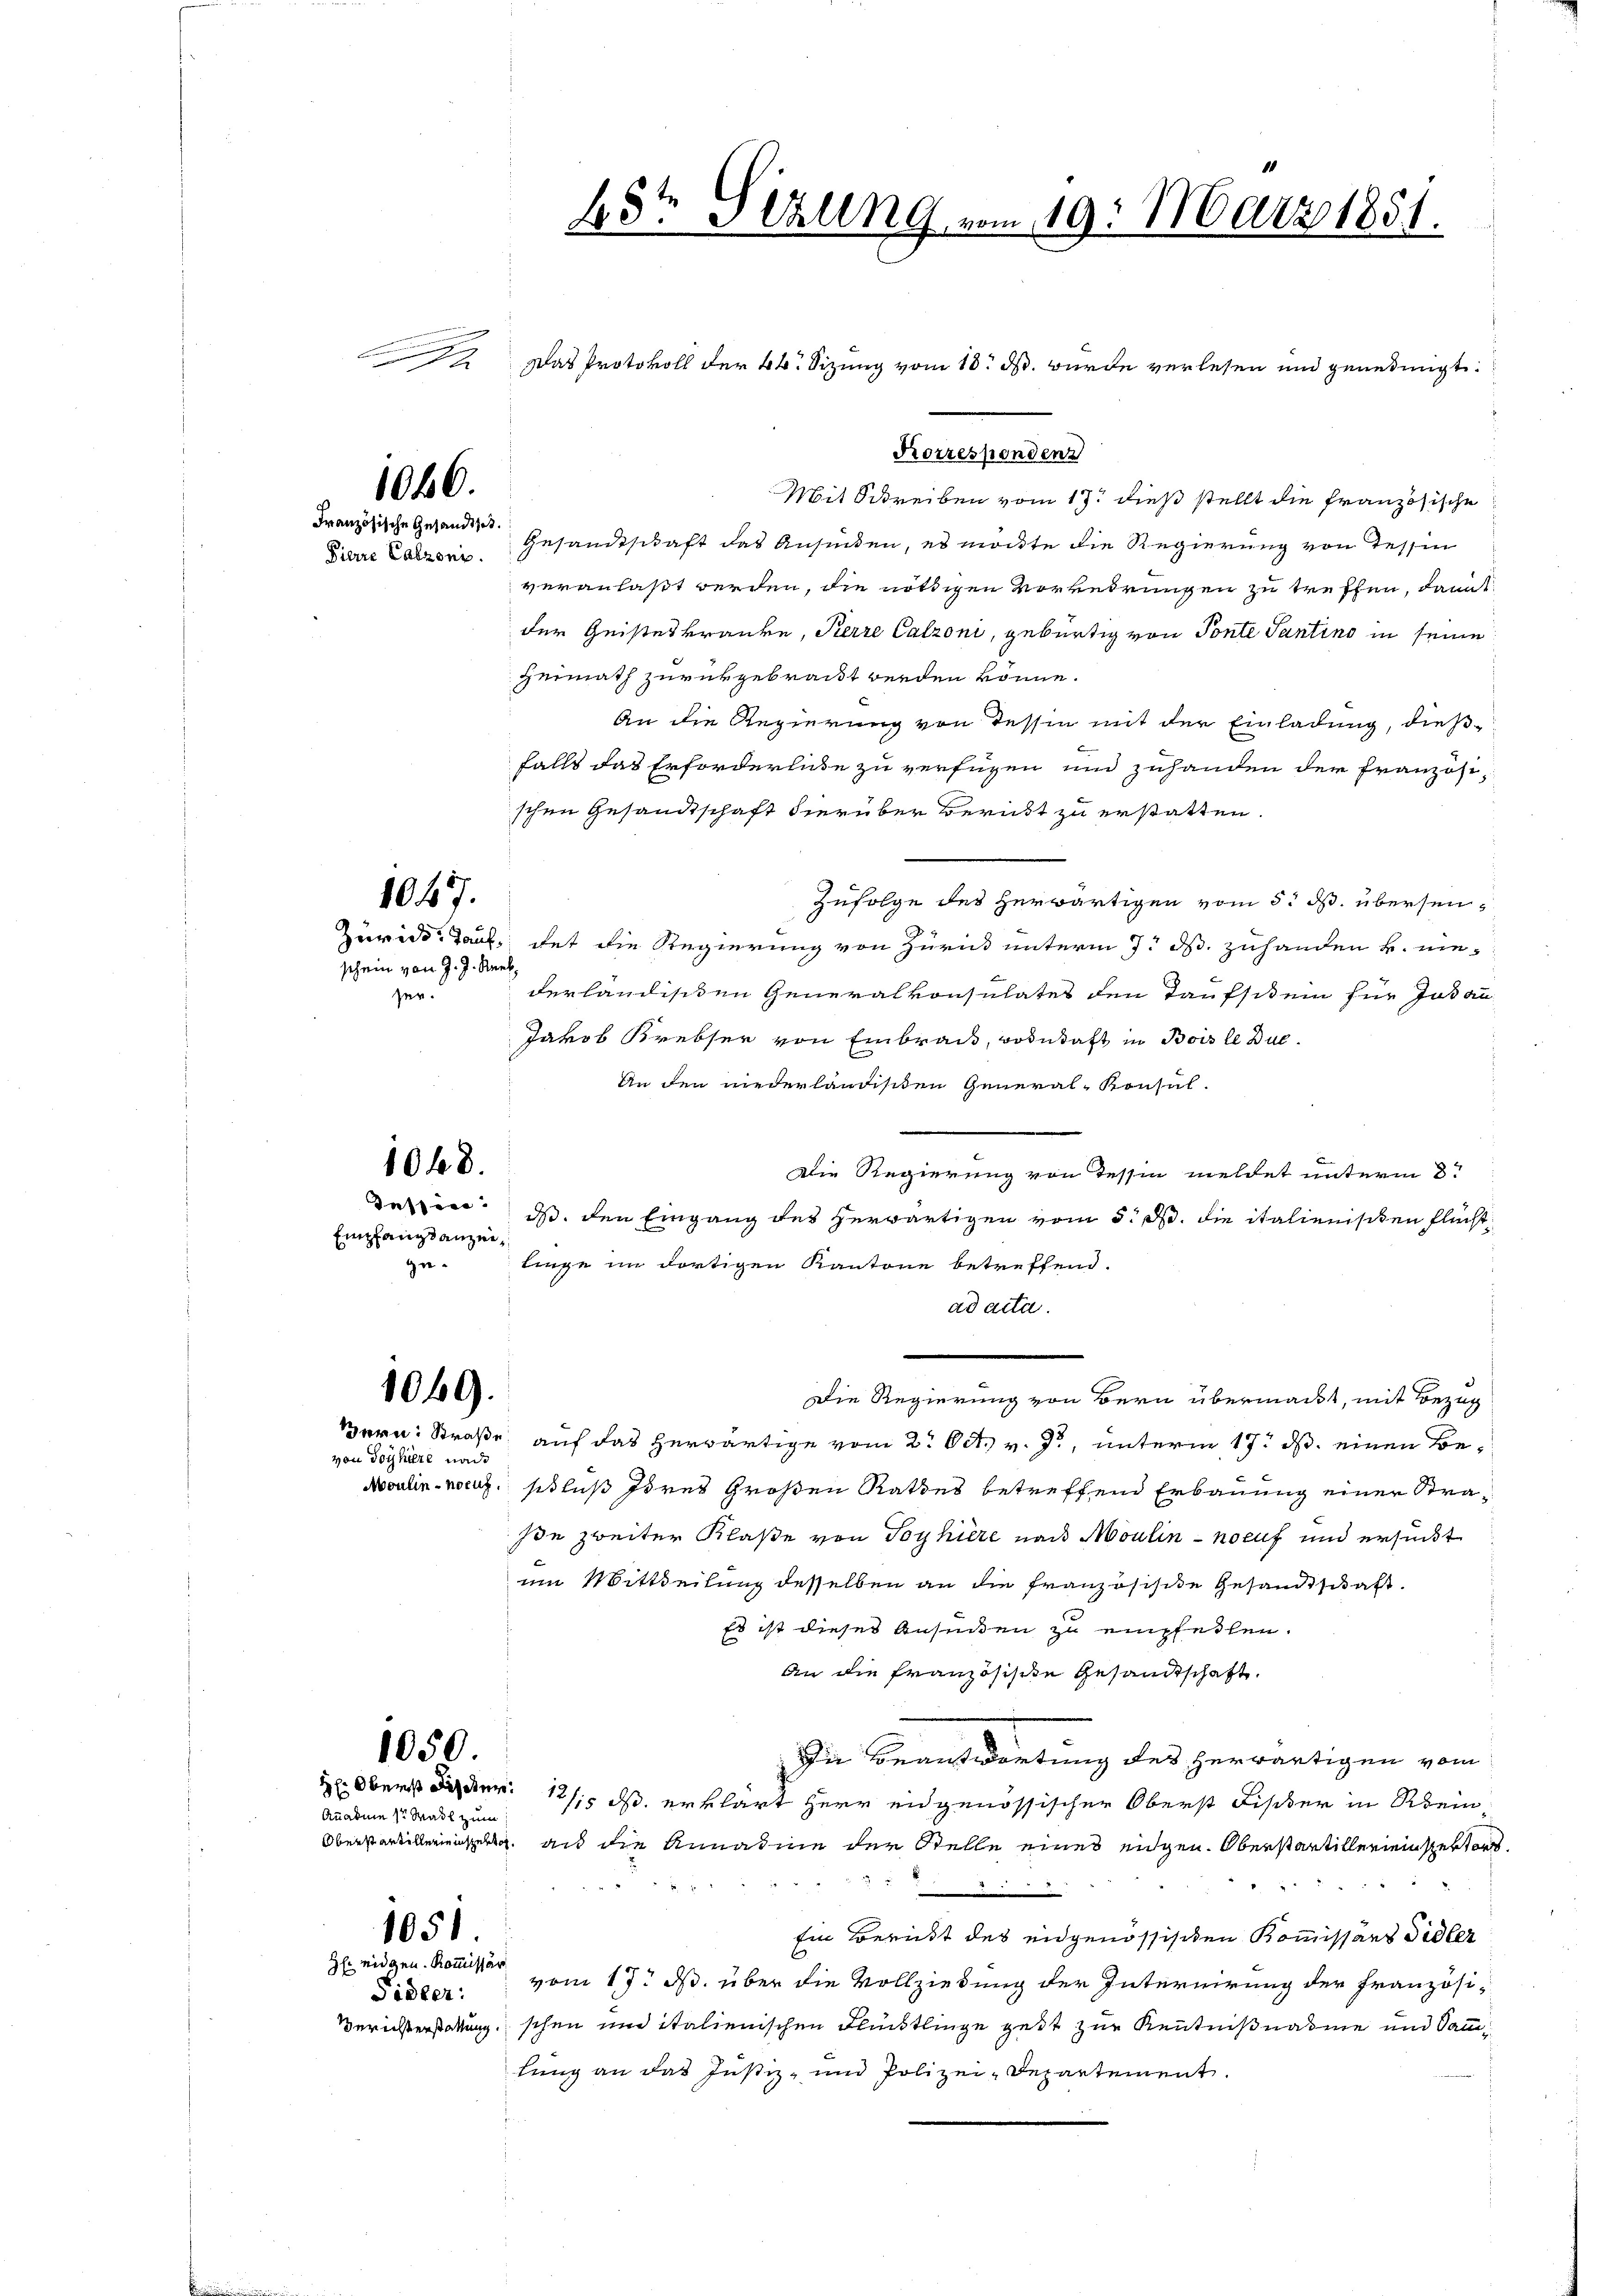
1040.
Französische Gesandthet.

schein von J. J. Ruebsen.

1047.

1068.

Empfangsanzeige¬

von Toykiere nach

|

Das Protokoll der kk. Sizung vom 10. ds. wurde verlesen und genehmigt.
Mit Schreiben vom 17t dieß stellt die Französische
Pierre Caironi. Gesandtschaft das Ansuchen, es möchte die Regierung von Tessin
veranlaßt werden, die nöthigen Vorredrungen zu treffen, damit
der Geisteskranke, Perre Calzoni, gebürtig von Ponte Santino in seine
Heimath zurückgebracht werden könne.
An die Regierung von Tessin mit der Einladung, dießfalls das Erforderlise zu verfügen und zuhanden der Französi-
schen Gesandtschaft hierüber Beruht zu erstatten.
Zufolge des herwärtigen vom 5. ds. übersen¬
Zurede Taub dat die Regierung von Züricht unterm 7. ds. zuhanden k. niederländischen Generalkonsulates den Taufstein für Johan
Jakob Krebser von Einbrach, wohnhaft in Bois le Dul¬
An den niederländischen General-Konsal-
Die Regierung von dessen meldet unterm 8.
Deser in den Eingang des herwärtigen vom 5. d. die italienischen Fluchtlinge im dortigen Kantone betreffend.
ad acta.
.
1049.
Die Regierung von Bern übermacht, mit Bezug
Bern: Straße auf das herwärtige vom 2. Oct. v. J., unterm 17. ds. einen Be¬
Aoulin noch schluß höres Großen Rathes betreffend Erbauung einer Strasie zweiter Klaße von Toyhière nach Moulin - nocuf und ersucht
im Mittheilung desselben an die Französisite Gesandtschaft.
Es ist dieses Ansuchen zu empfeilen.
An die französische Gesandtschaft.
1050.
Die Beantwortung des herwärtigen vom
 Oberst der 12/5 ds. erklärt Herr engenössischer Oberst Fischer in Rein
Oberstantilleriell aus die Annahme der Stelle eines eidgen. Oberstantillereinsertor
o
1051.
Ein Berückt des eidgenössischen Kommissärs Sidler
H eidgen. Kommissär
vom 17. ds. über die Vollziehung der Internirung der französi¬
Berichterstattung schon und italienischen Flüchtlinge gest zur Kenntnißnahme und Sammlung an das Justiz- und Polizei-Departement.

Anadme 1r Madl zum

Sidler:

25te Sitzung vom 19. März 1851.

Korrespendenz